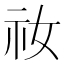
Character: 𫀁